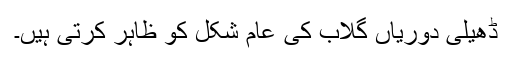
ڈھیلی دوریاں گلاب کی عام شکل کو ظاہر کرتی ہیں۔